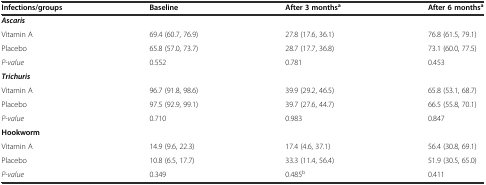
<table><thead><tr><td><b>Infections/groups</b></td><td><b>Baseline</b></td><td><b>After 3 months<sup>a</sup></b></td><td><b>After 6 months<sup>a</sup></b></td></tr></thead><tbody><tr><td><b><i>Ascaris</i></b></td><td></td><td></td><td></td></tr><tr><td>Vitamin A</td><td>69.4 (60.7, 76.9)</td><td>27.8 (17.6, 36.1)</td><td>76.8 (61.5, 79.1)</td></tr><tr><td>Placebo</td><td>65.8 (57.0, 73.7)</td><td>28.7 (17.7, 36.8)</td><td>73.1 (60.0, 77.5)</td></tr><tr><td><i>P-value</i></td><td>0.552</td><td>0.781</td><td>0.453</td></tr><tr><td><b><i>Trichuris</i></b></td><td></td><td></td><td></td></tr><tr><td>Vitamin A</td><td>96.7 (91.8, 98.6)</td><td>39.9 (29.2, 46.5)</td><td>65.8 (53.1, 68.7)</td></tr><tr><td>Placebo</td><td>97.5 (92.9, 99.1)</td><td>39.7 (27.6, 44.7)</td><td>66.5 (55.8, 70.1)</td></tr><tr><td><i>P-value</i></td><td>0.710</td><td>0.983</td><td>0.847</td></tr><tr><td><b>Hookworm</b></td><td></td><td></td><td></td></tr><tr><td>Vitamin A</td><td>14.9 (9.6, 22.3)</td><td>17.4 (4.6, 37.1)</td><td>56.4 (30.8, 69.1)</td></tr><tr><td>Placebo</td><td>10.8 (6.5, 17.7)</td><td>33.3 (11.4, 56.4)</td><td>51.9 (30.5, 65.0)</td></tr><tr><td><i>P-value</i></td><td>0.349</td><td>0.485<sup>b</sup></td><td>0.411</td></tr></tbody></table>